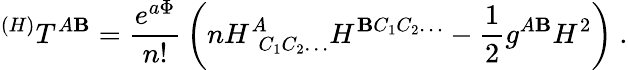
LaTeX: ^{(H)}T^{A\mathbf{B}}={\frac{{e^{a\Phi}}}{{n!}}}\left(nH_{~~C_{1}C_{2}\ldots}^{A}H^{\mathbf{B}C_{1}C_{2}\ldots}-{\frac{{1}}{{2}}}g^{A\mathbf{B}}H^{2}\right)\ .